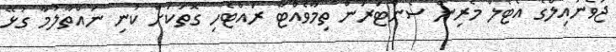
ޖުވެނައިލްގެ އެޓޯލް މެރިން ސެންޓަރުން ތިމާވެއްޓާ ރައްޓެހި ގޮތަކަށް ކުނި ނައްތާލުމާ ގުޅޭ